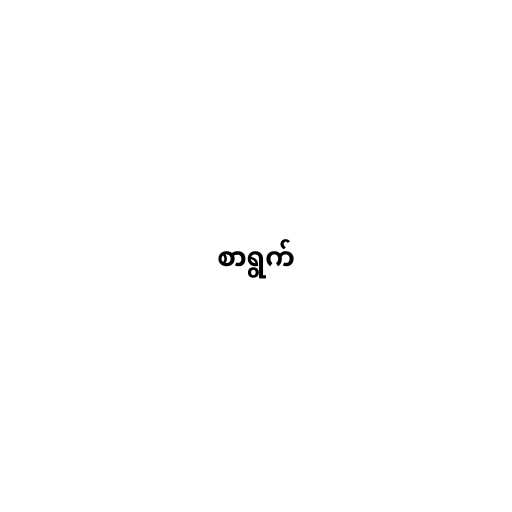
စာရွက်